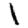
Digit: 1